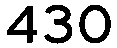
430